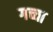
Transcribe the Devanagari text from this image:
गच्चा